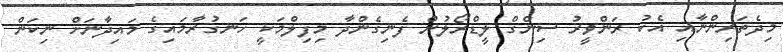
މިދެތަރިންނާއި އެކު ރަންވީރު ސިންގް ލީޑްރޯލުން ފެނިގެންދާ މިފިލްމަކީ ހަނގުރާމައިގެ މައިދާނަށް ނިކަން